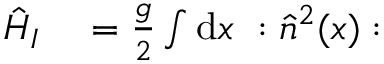
\begin{array} { r l } { \hat { H } _ { I } } & { { } = \frac { g } { 2 } \int \mathrm { d } x ~ : \hat { n } ^ { 2 } ( x ) : } \end{array}